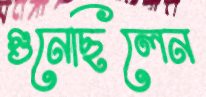
গুনেছিলেন